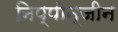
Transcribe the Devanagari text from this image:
निप्पोन्जीन